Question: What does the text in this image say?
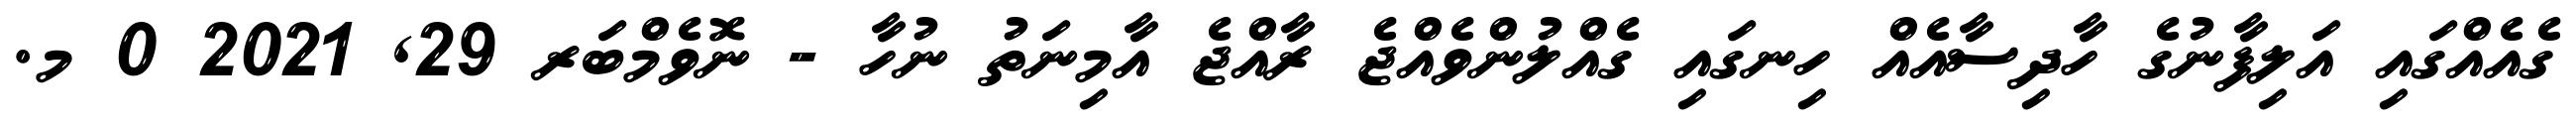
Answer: ގެއެއްގައި އަލިފާނުގެ ހާދިސާއެއް ހިނގައި ގެއްލުންވެއްޖެ ރާއްޖެ އާމިނަތު ނުހާ - ނޮވެމްބަރ 29, 2021 0 މ.